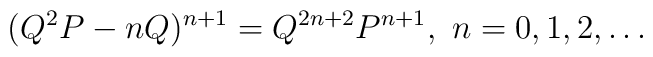
(Q^2 P - n Q)^{n+1} = Q^{2n+2} P^{n+1}, \ n=0,1,2,\ldots